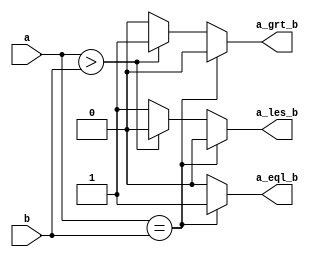
module comarator(a,b,a_eql_b, a_les_b, a_grt_b);
     input[3:0]a;
     input[3:0]b;
     output reg a_eql_b, a_les_b, a_grt_b;
     always @(a or b)
     begin
     a_eql_b=0;
     a_grt_b=0;
     a_les_b=0;
     if(a==b)
        a_eql_b=1;
     else if (a>b)
        a_grt_b=1;
     else a_les_b=1;
     
     end
     
endmodule